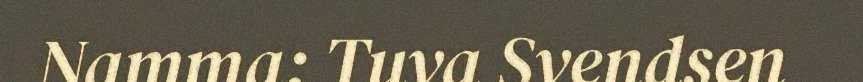
Namma: Tuva Svendsen